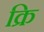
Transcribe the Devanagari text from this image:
क्रि